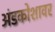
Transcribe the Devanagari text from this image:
अंडकोशावर